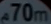
70m